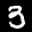
Label: 3